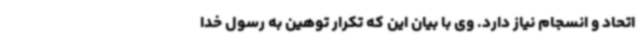
اتحاد و انسجام نیاز دارد. وی با بیان این که تکرار توهین به رسول خدا